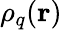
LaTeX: \rho_{q}(\mathbf{r})